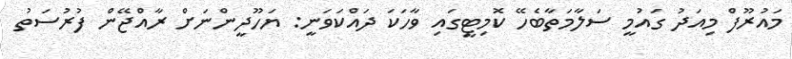
މައުރޫފް މިއަދު ގައުމީ ސަލާމަތާބެހޭ ކޮމިޓީގައި ވާހަކަ ދައްކަވަނީ: ޔަހޫދީންނަށް ރާއްޖޭން ފުރުސަތު